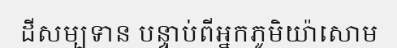
ដីសម្បទាន បន្ទាប់ពីអ្នកភូមិយ៉ាសោម